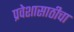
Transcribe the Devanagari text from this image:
प्रवेशासाठीचा